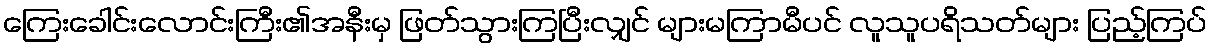
ကြေးခေါင်းလောင်းကြီး၏အနီးမှ ဖြတ်သွားကြပြီးလျှင် များမကြာမီပင် လူသူပရိသတ်များ ပြည့်ကြပ်